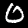
Label: 0